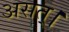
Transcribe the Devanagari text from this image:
असत्।